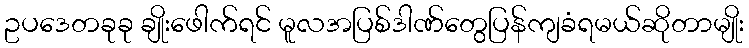
ဥပဒေတခုခု ချိုးဖေါက်ရင် မူလအပြစ်ဒါဏ်တွေပြန်ကျခံရမယ်ဆိုတာမျိုး